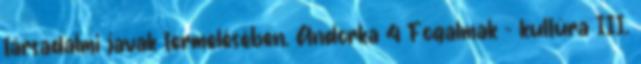
társadalmi javak termelésében. Andorka 4 Fogalmak – kultúra III.